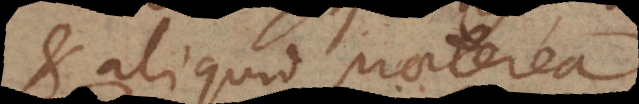
et aliquid praeterea.